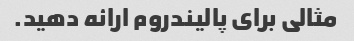
مثالی برای پالیندروم ارائه دهید.